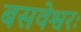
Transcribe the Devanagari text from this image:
बसवेश्वरः